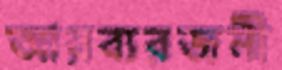
আরব্যরজনী